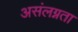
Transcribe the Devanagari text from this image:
असंलग्नता